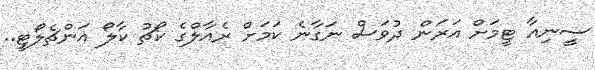
ސީނިއާ ޓީމަށް އަރަން ދުވަސް ނަގާނެ ކަމަށް ރެއާލްގެ ކޯޗު ކާލޯ އަންޗެލޯޓީ..